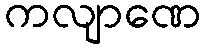
ကလျာဏေ